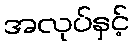
အလုပ်နှင့်